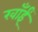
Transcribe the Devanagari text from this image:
खाँईं